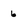
Character: 6